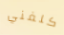
كلفني